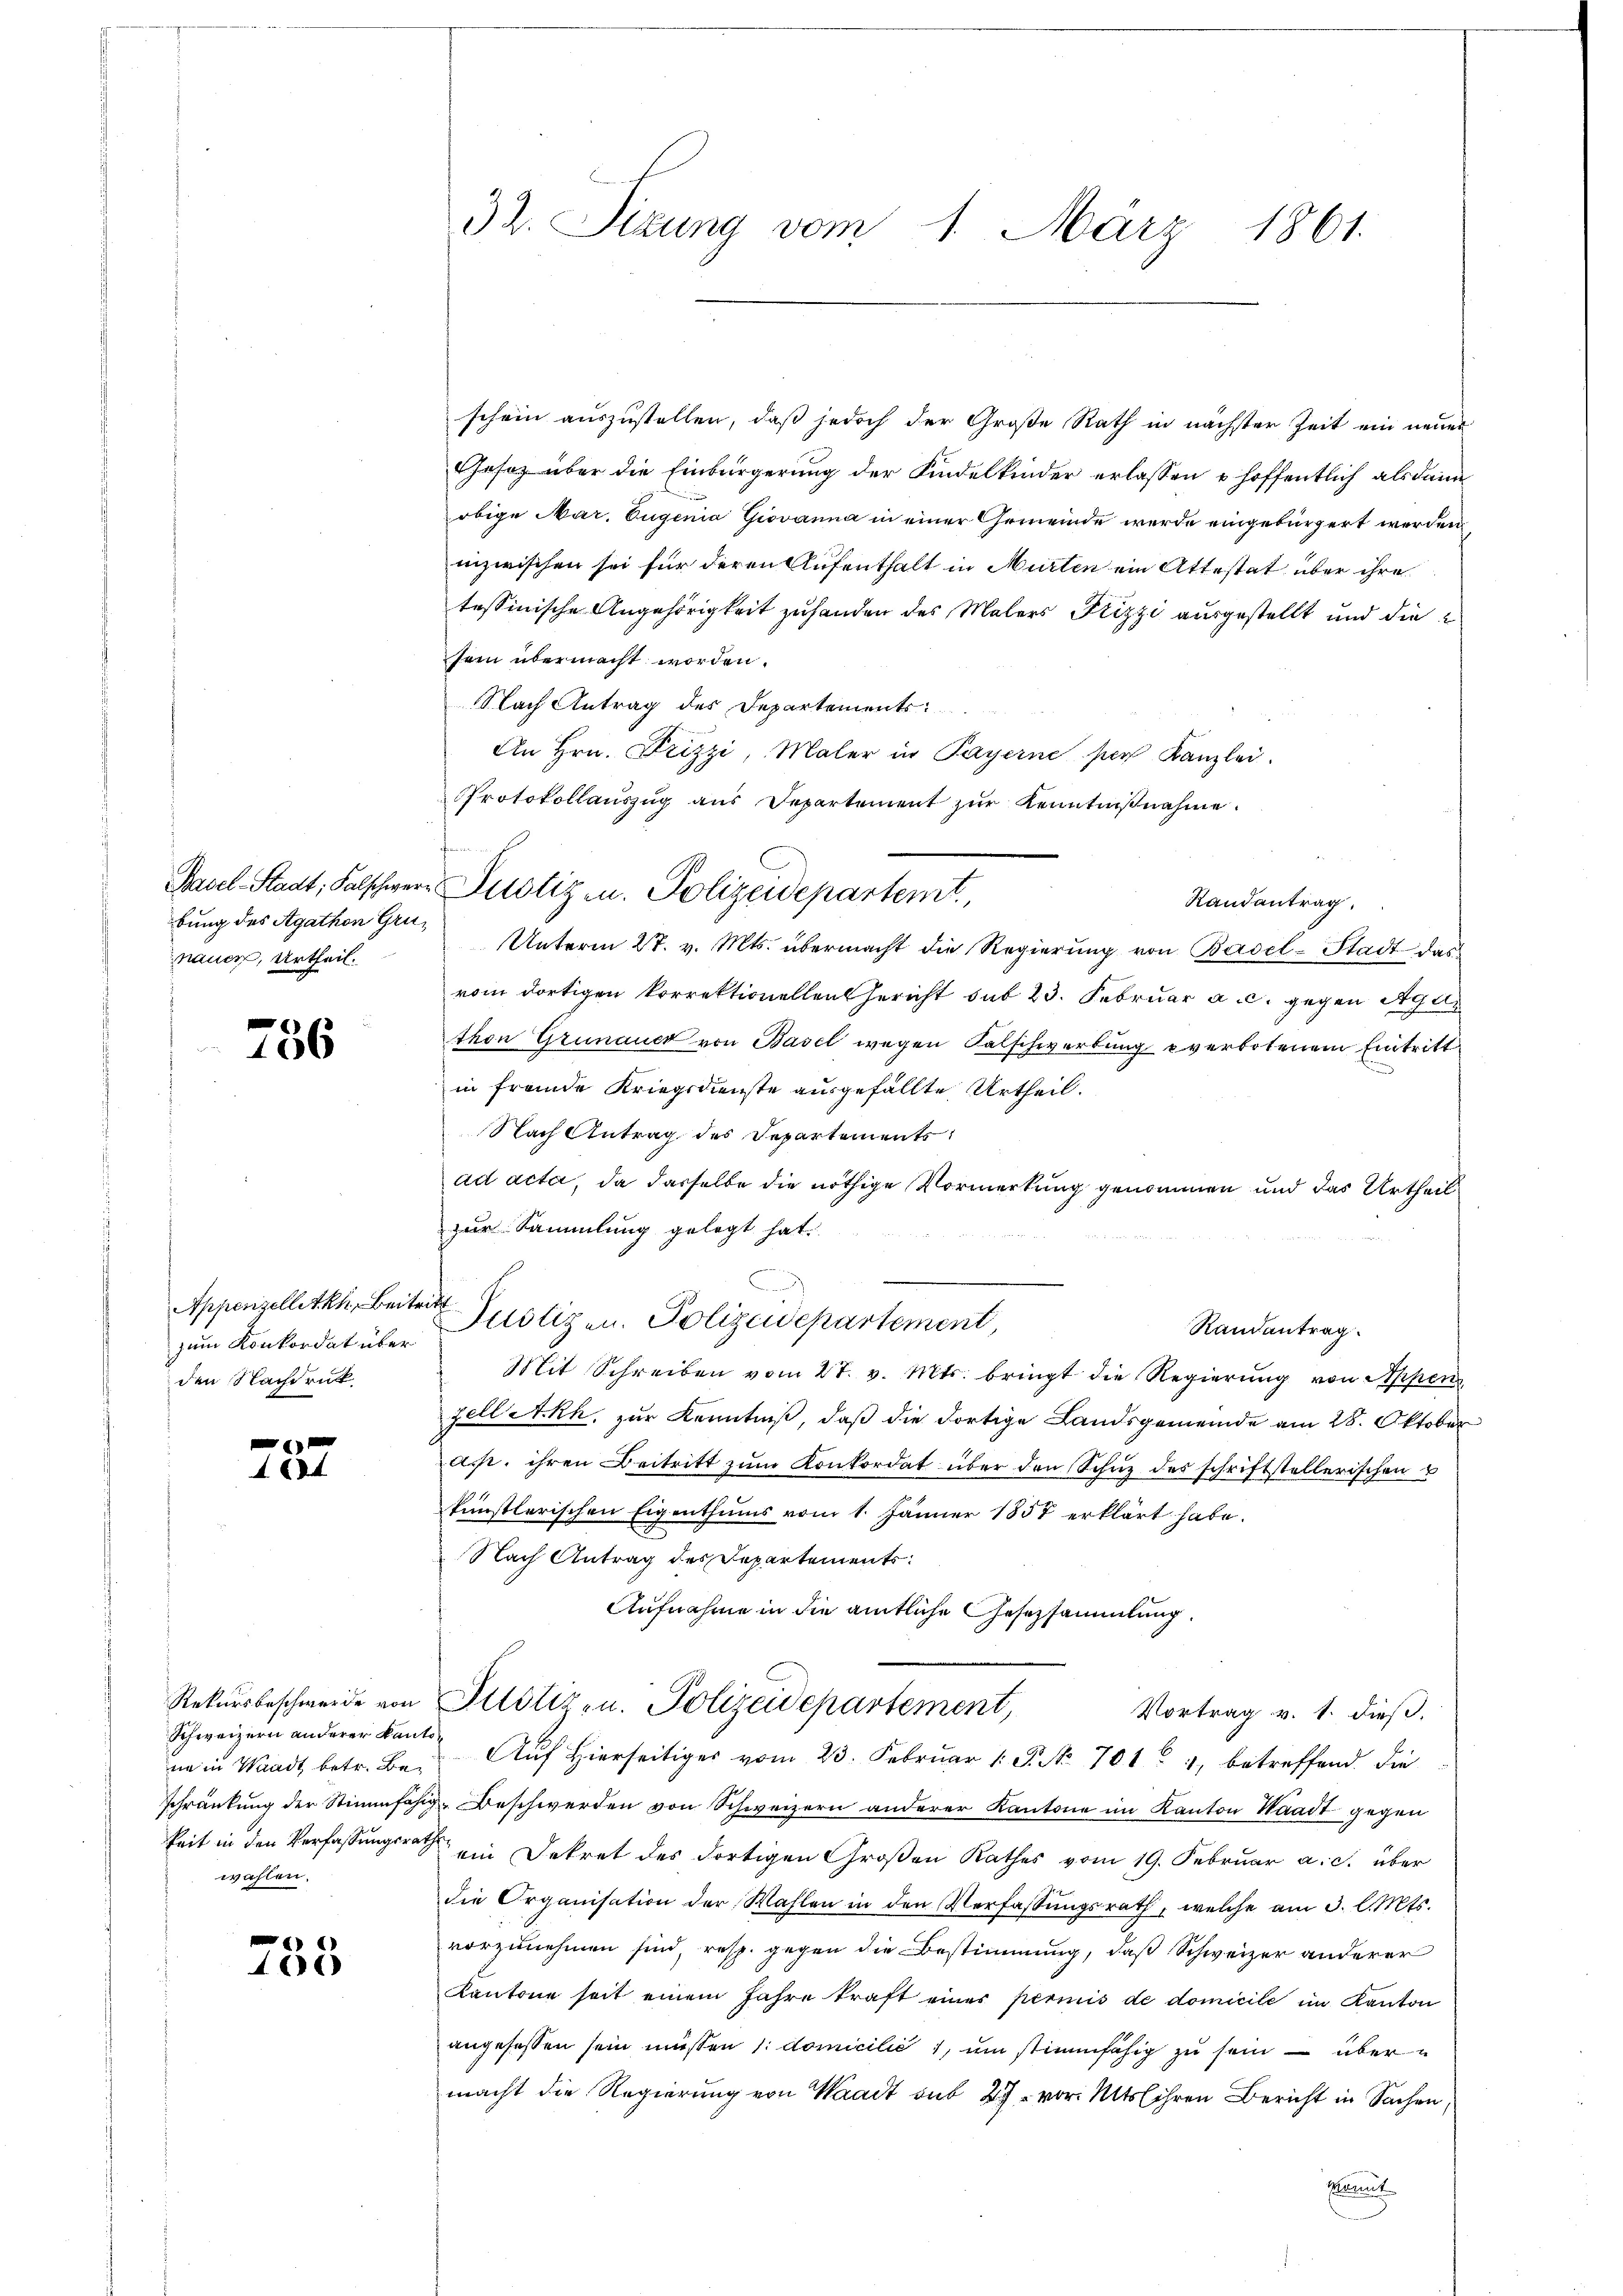
bung des Agathen Grunauer, Urtheil.

786

zum Konkordat über
den Nachdruck.

464

Schweizern anderer Kantowahlen.

16

32. Sizung vom 1. März 1861.

schein auszustellen, daß jedoch der Große Rath in nächster Zeit ein neuer
Gesoz über die Einbürgerung der Kindelkinder erlassen u hoffentlich alsdann
obige Mar. Eugenia Giovanna in einer Gemeinde werde eingebürgert werden.
inzwischen sei für deren Aufenthalt in Murten ein Attestat über ihre
tessinische Angehörigkeit zuhanden des Malers Frizzi ausgestellt und die
sein übermacht worden.
Nach Antrag des Departements
An Hrn. Frizzi, Maler in Payerne per Kanzlei.
Protokollaŭszŭg aŭs Departement zŭr Kenntniβnahme.
Randantrag
Unterm 27. v. Mts. übermacht die Regierŭng von Basel-Stadt das
vom dortigen korrektionellen Gericht sub 23. Februar a.c. gegen Age
thon Grünauer von Basel wegen Falschwerbung verbotenem Eintritt
in freunde Kriegsdienste ausgefällte Urtheil.
Nach Antrag des Departements
ad acta, da dasselbe die nöthige Vormerkung genommen und das Urtheil
zur Sammlung gelegt hat.
Appenzellette Beiter Justizen. Polizeidepartement,
Randantrag.
Mit Schreiben vom 27. v. Mts. bringt die Regierung von Appen
zell Akk, zur Kenntniß, daß die dortige Landsgemeinde am 28. Oktober
Art. ihren Beitritt zŭm Konkordat über den Schuz des schriftstellerischen
künstlerischen Eigenthums vom 1. Jänner 1857 erklärt habe.
Nach Antrag des Departements
Aufnahme in die amtliche Gesetzsammlung.
Rekursbeschwerde von Pilstiz- u. Polizeidepartement,
Vortrag v. 1. dieß.
ne in Waadt betr. Be- Auf hierseitiger vom 23. Febrŭar 1 S. Nr. 701. 7, betreffend die
schränkung der Stimmfähig Beschwerden von Schweizern anderer Kantone im Kanton Waadt gegen
keit in den Verfassungsrath ein Dekret des dortigen Großen Rathes vom 19. Februar a. c. über
die Organisation der Wahlen in den Verfassŭngsrath, welche am 3. l. Mts.
vorzunehmen sind, resp. gegen die Bestimmung, daß Schweizer anderer
Kantone seit einem Jahre kraft eines perinis de domicile im Kanton
angesessen sein müssen /: domicilić 1, um stimmfähig zu sein – übermacht die Regierung von Waadt sub 27. vor. Mts. ihren Bericht in Sachen,
komit

Basel-Stadt, Falschwere Pilotiz u. Polizeidepartemt,